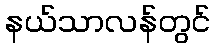
နယ်သာလန်တွင်